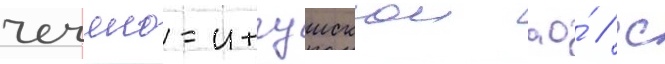
чечено-ингушскои ао́ / с